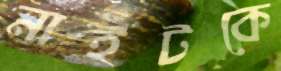
নাইটকে